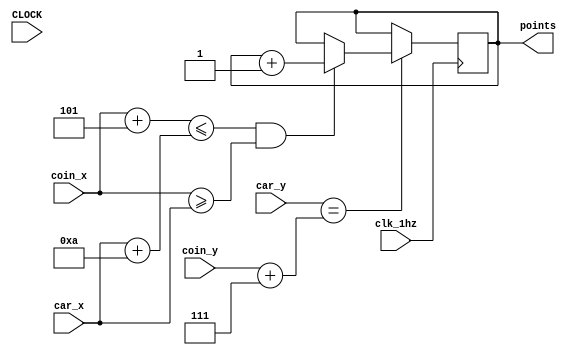
`timescale 1ns / 1ps
//////////////////////////////////////////////////////////////////////////////////
// Company: 
// Engineer: 
// 
// Design Name: 
// Module Name: points_counter
// Project Name: 
// Target Devices: 
// Tool Versions: 
// Description: 
// 
// Dependencies: 
// 
// Revision:
// Revision 0.01 - File Created
// Additional Comments:
// 
//////////////////////////////////////////////////////////////////////////////////


module points_counter(
    input CLOCK,
    input clk_1hz,
    input [6:0] car_x,
    input [6:0] car_y,
    input [6:0] coin_x,
    input [6:0] coin_y,
    output reg [13:0] points
    );
    
    always @(posedge clk_1hz) begin
        if (car_y == coin_y + 7) begin
            if (coin_x + 5 <= car_x + 10 && coin_x >= car_x ) begin
                points <= points + 1;
            end
        end
    end    
    
endmodule